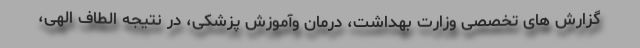
گزارش های تخصصی وزارت بهداشت، درمان وآموزش پزشکی، در نتیجه الطاف الهی،